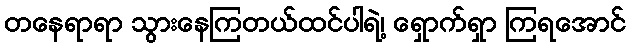
တနေရာရာ သွားနေကြတယ်ထင်ပါရဲ့၊ ရှောက်ရှာ ကြရအောင်